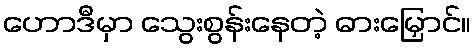
ဟောဒီမှာ သွေးစွန်းနေတဲ့ ဓားမြှောင်။